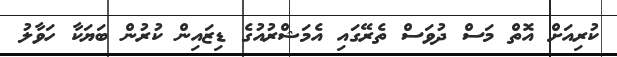
ކުރިއަށް އޮތް މަސް ދުވަސް ތެރޭގައި އެމަޝްރުއުގެ ޑިޒައިން ކުރުން ބަޔަކާ ހަވާލު